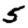
Digit: 5